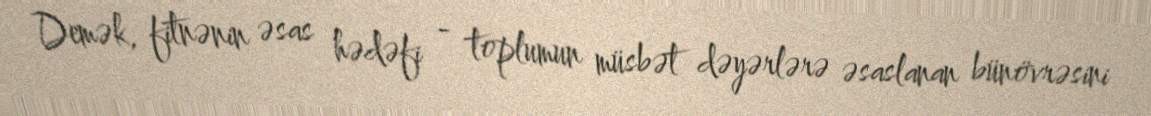
Demək, fitnənin əsas hədəfi - toplumun müsbət dəyərlərə əsaslanan bünövrəsini